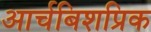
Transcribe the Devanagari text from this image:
आर्चबिशप्रिक